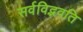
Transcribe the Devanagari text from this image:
सर्वविद्भवति